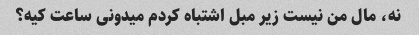
نه، مال من نیست زیر مبل اشتباه کردم میدونی ساعت کیه؟